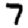
Digit: 7